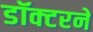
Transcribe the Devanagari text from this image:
डॉक्‍टरने